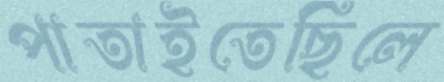
পাতাইতেছিলে